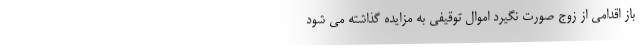
باز اقدامی از زوج صورت نگیرد اموال توقیفی به مزایده گذاشته می شود